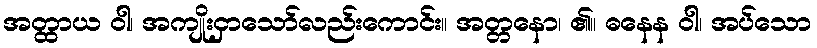
အတ္ထာယ ဝါ၊ အကျိုးငှာသော်လည်းကောင်း။ အတ္တနော၊ ၏။ ဓနေန ဝါ၊ အပ်သော